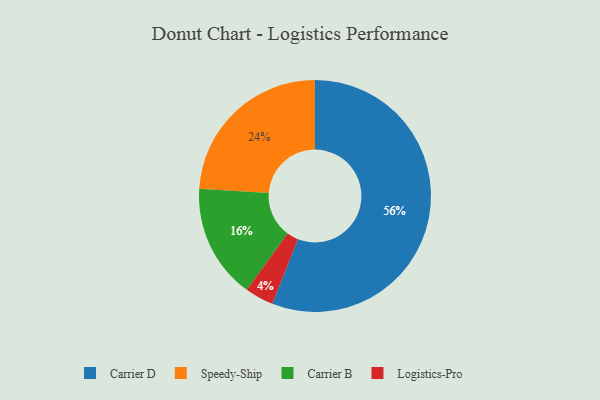
{"axis": {"x": "Category", "y": "Percentage"}, "legend": ["Carrier B", "Carrier D", "Logistics-Pro", "Speedy-Ship"], "data": [{"x": "Carrier D", "y": 56, "type": "Carrier D"}, {"x": "Logistics-Pro", "y": 4, "type": "Logistics-Pro"}, {"x": "Speedy-Ship", "y": 24, "type": "Speedy-Ship"}, {"x": "Carrier B", "y": 16, "type": "Carrier B"}]}